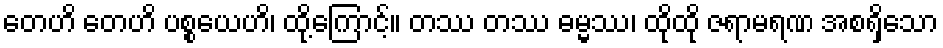
တေဟိ တေဟိ ပစ္စယေဟိ၊ ထို့ကြောင့်။ တဿ တဿ ဓမ္မဿ၊ ထိုထို ဇရာမရဏ အစရှိသော